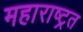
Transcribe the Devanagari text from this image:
महाराष्ट्रत